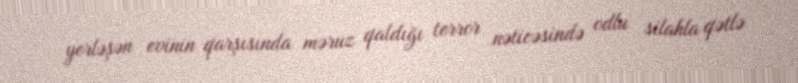
yerləşən evinin qarşısında məruz qaldığı terror nəticəsində odlu silahla qətlə